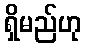
ရှိမည်ဟု